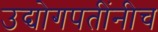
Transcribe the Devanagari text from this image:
उद्योगपतींनीच